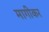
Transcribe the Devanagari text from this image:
मागीकर